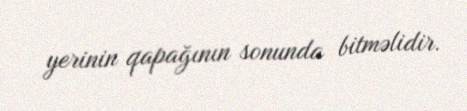
yerinin qapağının sonunda bitməlidir.